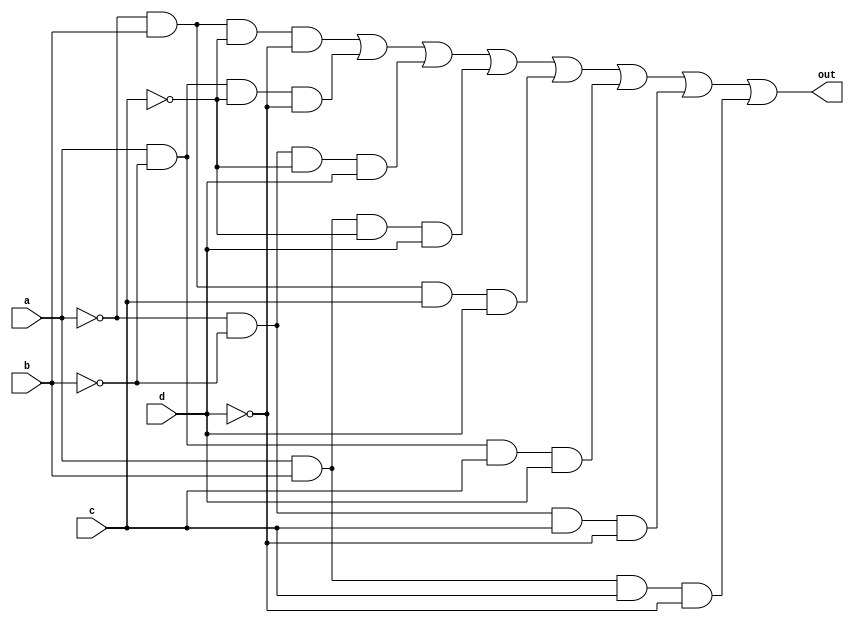
//
//
// https://hdlbits.01xz.net/wiki/Kmap4
//
//

`default_nettype none

module top_module (
    input   a,
    input   b,
    input   c,
    input   d,
    output  out
); 

    assign out = (~a &  b & ~c & ~d) |
                 ( a & ~b & ~c & ~d) |
                 (~a & ~b & ~c &  d) |
                 ( a &  b & ~c &  d) |
                 (~a &  b &  c &  d) |
                 ( a & ~b &  c &  d) |
                 (~a & ~b &  c & ~d) |
                 ( a &  b &  c & ~d);

endmodule